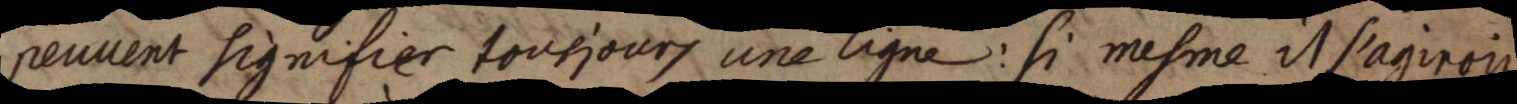
peuvent signifier tousjours une ligne: si mesme il s’agiroit